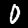
Digit: 0